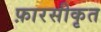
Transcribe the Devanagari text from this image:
फ़ारसीकृत